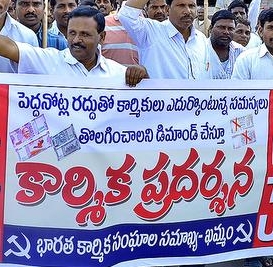
Language: telugu
Transcription: పెద్దనోట్ల రద్దుతో ఎదుర్కొంటున్న సమస్యలు తొలగించాలని చేస్తూ ప్రదర్శన భారత కార్మిక సంఘాల సమాఖ్య కార్నిక డిమాండ్ కార్మికులు